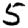
Digit: 5